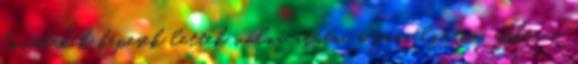
lövedékek képesek lettek volna átütni a páncélzaton, akkor a